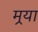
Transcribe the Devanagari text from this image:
मर्‍या